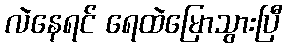
လဲနေရင် ရေထဲမြောသွားပြီ